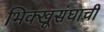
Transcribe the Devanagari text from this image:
भिक्खूसंघाची